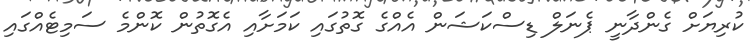
ކުރިޔަށް ގެންދާނީ ޕެނަލް ޑިސްކަޝަން އެއްގެ ގޮތުގައި ކަމަށާއި އެގޮތުން ކޮންމެ ސަމިޓެއްގައި